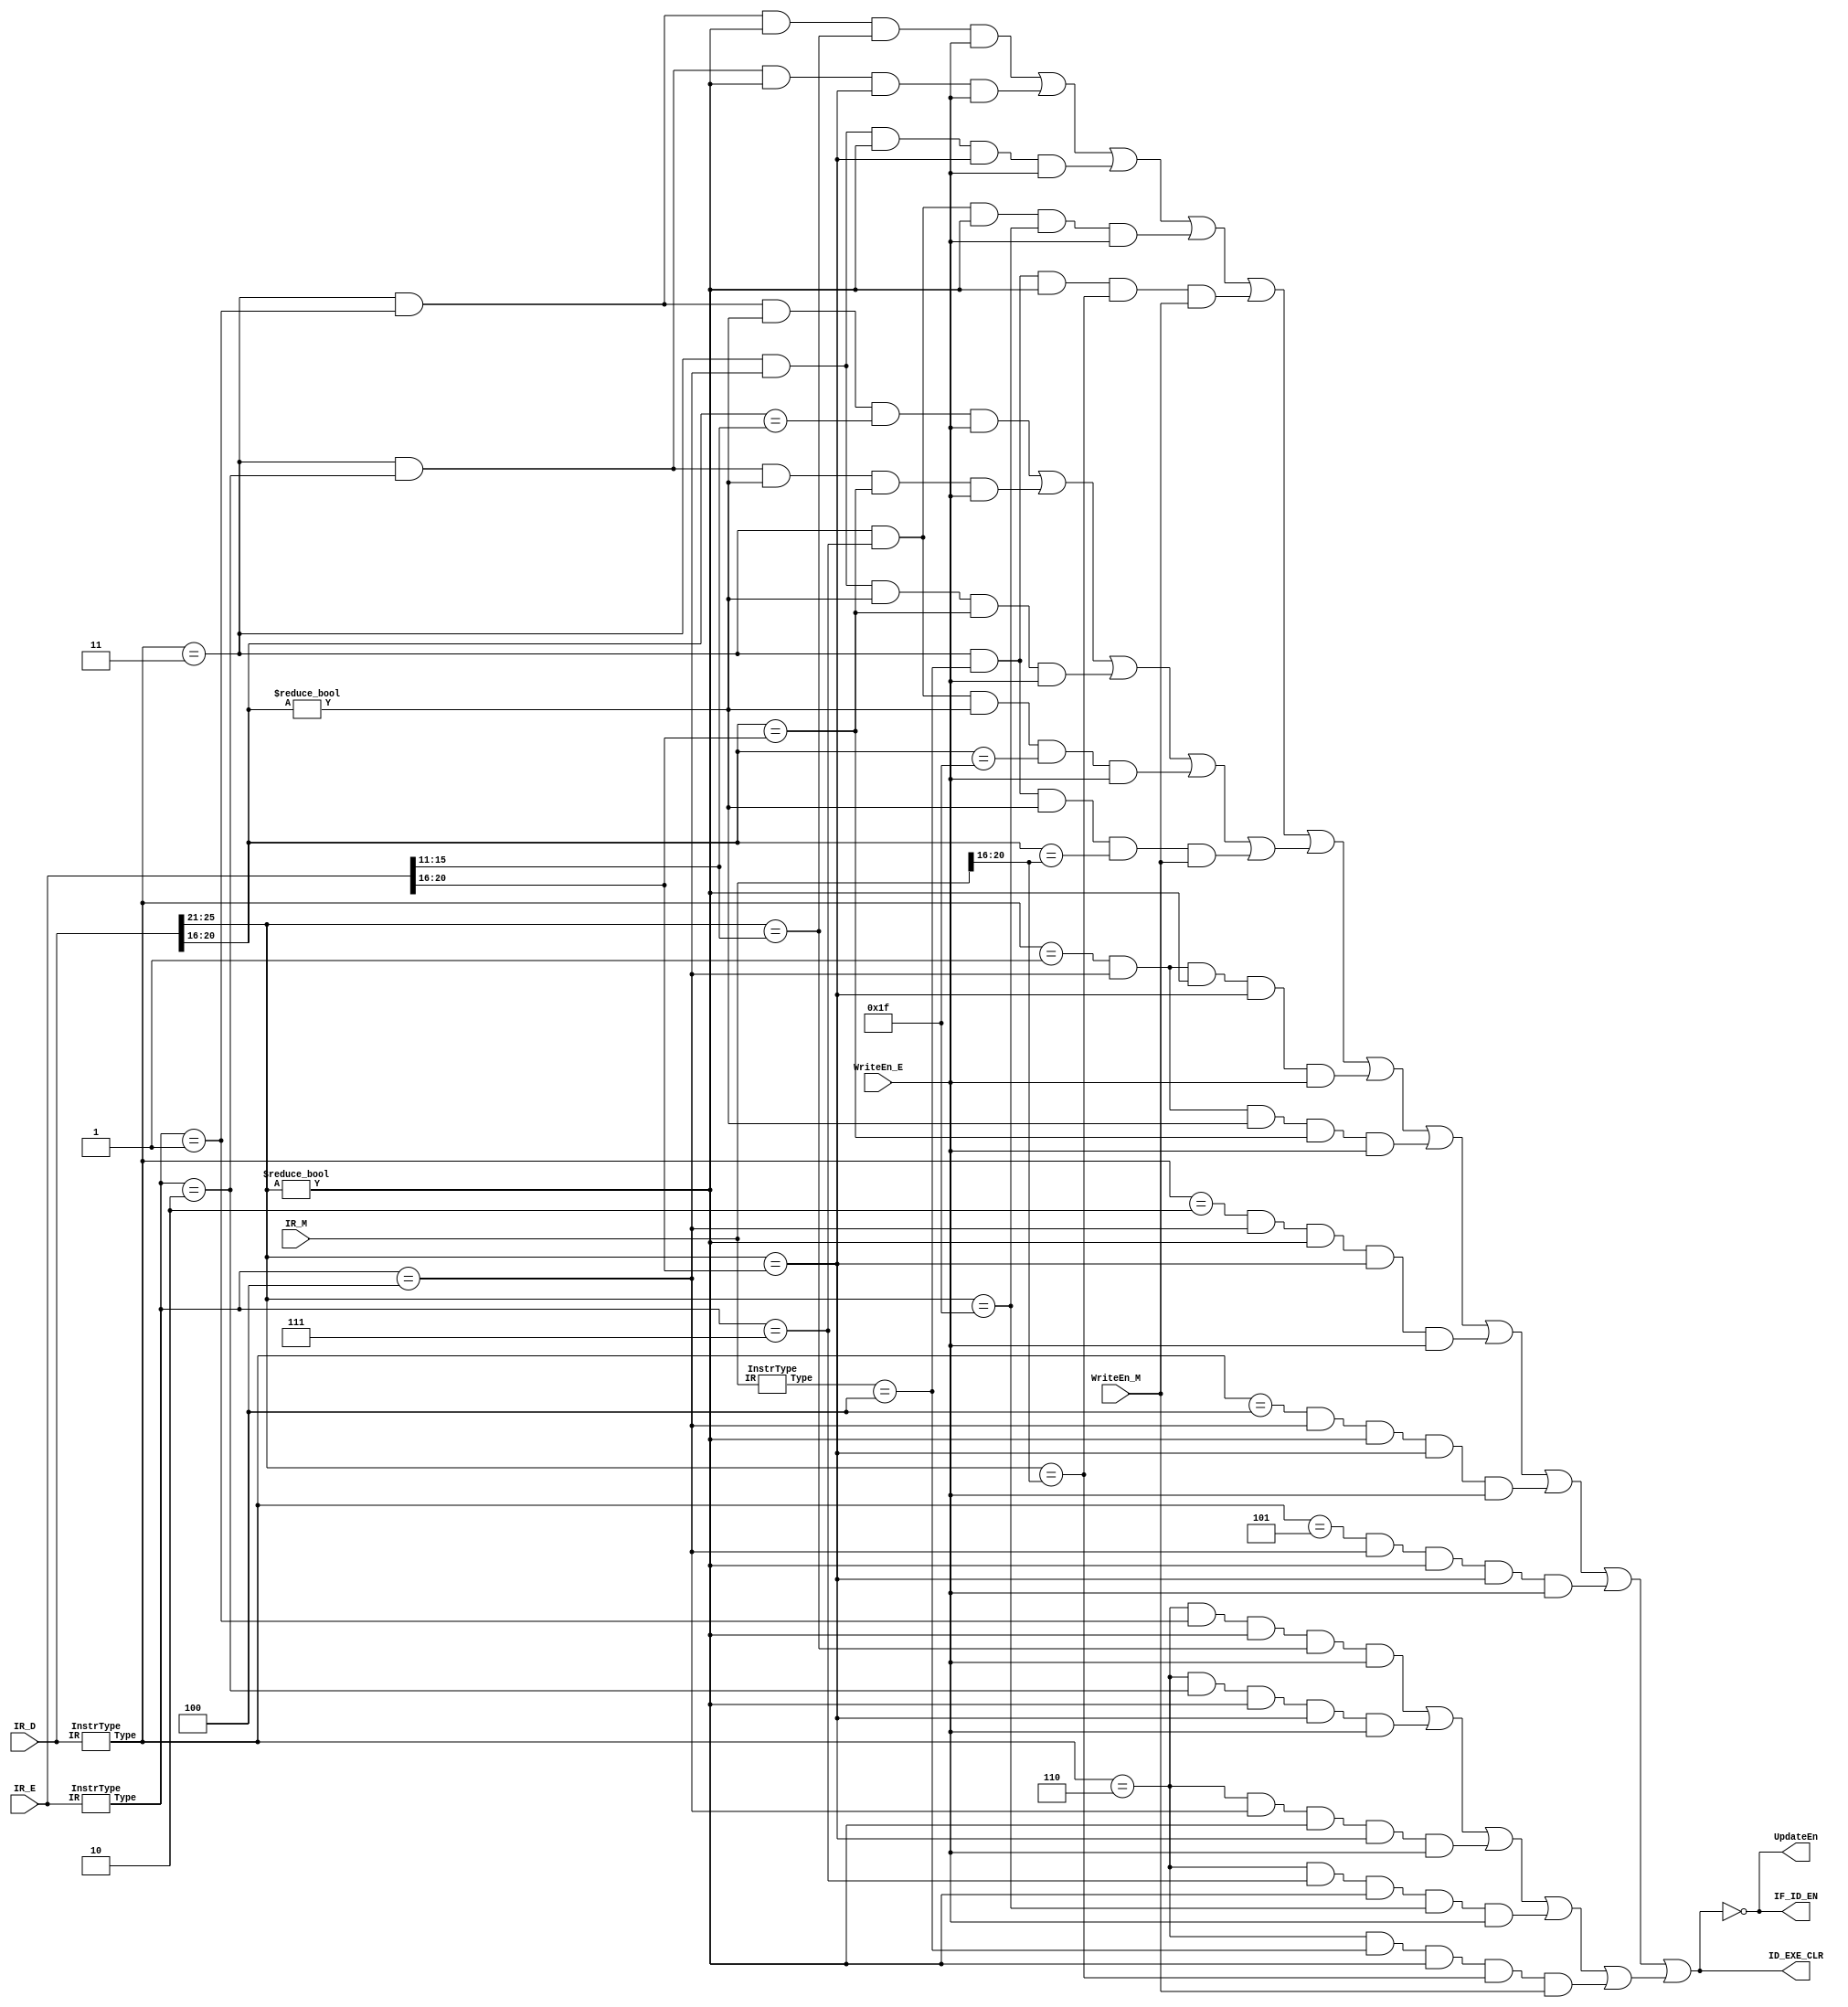
`timescale 1ns / 1ps

`define OPCODE 31:26
`define RS 25:21
`define RT 20:16
`define RD 15:11
`define FUNCTION 5:0

////////////////instructions///////
`define ADD   12'b000000_100000
`define ADDI  6'b001000
`define ADDIU 6'b001001
`define ADDU  12'b000000_100001
`define AND   12'b000000_100100
`define BEQ   6'b000100
`define BNE   6'b000101
`define J     6'b000010
`define JAL   6'b000011
`define JR    12'b000000_001000
`define LUI   6'b001111
`define LW    6'b100011
`define OR    12'b000000_100101
`define ORI   6'b001101
`define SLL   12'b000000_000000
`define SRL   12'b000000_000010
`define SUB   12'b000000_100010
`define SUBU  12'b000000_100011
`define SW    6'b101011
`define XOR   12'b000000_100110
////************************///////

////instruction Types//////////////
`define CAL_R 8'h01
`define CAL_I 8'h02
`define BNL   8'h03
`define LOAD  8'h04
`define STORE 8'h05
`define _JR   8'h06
`define _JAL  8'h07
`define BL    8'h08
///////////////////////////////////

module Stall(
    input [31:0] IR_D,
    input [31:0] IR_E,
    input [31:0] IR_M,
    input WriteEn_E,
    input WriteEn_M,
    output UpdateEn,
    output IF_ID_EN,
    output ID_EXE_CLR
    );
    //to recognize instr types
    wire [7:0] D_Type; InstrType One(IR_D,D_Type);
    wire [7:0] E_Type; InstrType two(IR_E,E_Type);
    wire [7:0] M_Type; InstrType three(IR_M,M_Type);

    //to realize stall function
    wire Stall_BNL_Rs,Stall_BNL_Rt;  //for BNL
    wire Stall_CAL_R_Rs,Stall_CAL_R_Rt; //for CAL_R
    wire Stall_CAL_I_Rs; //for CAL_I
    wire Stall_LOAD_Rs;  // for LOAD
    wire Stall_STORE_Rs; //for STORE
    wire Stall_JR_Rs;    //for _JR

    assign Stall_BNL_Rs = 
    (D_Type == `BNL & E_Type == `CAL_R & IR_D[`RS]!=0 & IR_D[`RS] == IR_E[`RD] & WriteEn_E) | 
    (D_Type == `BNL & E_Type == `CAL_I & IR_D[`RS]!=0 & IR_D[`RS] == IR_E[`RT] & WriteEn_E) |
    (D_Type == `BNL & E_Type == `LOAD  & IR_D[`RS]!=0 & IR_D[`RS] == IR_E[`RT] & WriteEn_E) | 
    (D_Type == `BNL & E_Type == `_JAL  & IR_D[`RS]!=0 & IR_D[`RS] == 5'h1f     & WriteEn_E) |
    (D_Type == `BNL & M_Type == `LOAD  & IR_D[`RS]!=0 & IR_D[`RS] == IR_M[`RT] & WriteEn_M);

    assign Stall_BNL_Rt = 
    (D_Type == `BNL & E_Type == `CAL_R & IR_D[`RT]!=0 & IR_D[`RT] == IR_E[`RD] & WriteEn_E) | 
    (D_Type == `BNL & E_Type == `CAL_I & IR_D[`RT]!=0 & IR_D[`RT] == IR_E[`RT] & WriteEn_E) |
    (D_Type == `BNL & E_Type == `LOAD  & IR_D[`RT]!=0 & IR_D[`RT] == IR_E[`RT] & WriteEn_E) | 
    (D_Type == `BNL & E_Type == `_JAL  & IR_D[`RT]!=0 & IR_D[`RT] == 5'h1f     & WriteEn_E) |
    (D_Type == `BNL & M_Type == `LOAD  & IR_D[`RT]!=0 & IR_D[`RT] == IR_M[`RT] & WriteEn_M);

    assign Stall_CAL_R_Rs =
    (D_Type == `CAL_R & E_Type == `LOAD & IR_D[`RS]!=0 & IR_D[`RS] == IR_E[`RT] & WriteEn_E);

    assign Stall_CAL_R_Rt =
    (D_Type == `CAL_R & E_Type == `LOAD & IR_D[`RT]!=0 & IR_D[`RT] == IR_E[`RT] & WriteEn_E);

    assign Stall_CAL_I_Rs =
    (D_Type == `CAL_I & E_Type == `LOAD & IR_D[`RS]!=0 & IR_D[`RS] == IR_E[`RT] & WriteEn_E);
    
    assign Stall_LOAD_Rs  =
    (D_Type == `LOAD  & E_Type == `LOAD & IR_D[`RS]!=0 & IR_D[`RS] == IR_E[`RT] & WriteEn_E);

    assign Stall_STORE_Rs =
    (D_Type == `STORE & E_Type == `LOAD & IR_D[`RS]!=0 & IR_D[`RS] == IR_E[`RT] & WriteEn_E);

    assign Stall_JR_Rs = 
    (D_Type == `_JR & E_Type == `CAL_R & IR_D[`RS]!=0 & IR_D[`RS] == IR_E[`RD] & WriteEn_E) | 
    (D_Type == `_JR & E_Type == `CAL_I & IR_D[`RS]!=0 & IR_D[`RS] == IR_E[`RT] & WriteEn_E) |
    (D_Type == `_JR & E_Type == `LOAD  & IR_D[`RS]!=0 & IR_D[`RS] == IR_E[`RT] & WriteEn_E) | 
    (D_Type == `_JR & E_Type == `_JAL  & IR_D[`RS]!=0 & IR_D[`RS] == 5'h1f     & WriteEn_E) |
    (D_Type == `_JR & M_Type == `LOAD  & IR_D[`RS]!=0 & IR_D[`RS] == IR_M[`RT] & WriteEn_M);
    
    //charge some signals
    wire Stall; 
    assign Stall = Stall_BNL_Rs | Stall_BNL_Rt | Stall_CAL_R_Rs | Stall_CAL_R_Rt | Stall_CAL_I_Rs |
    Stall_LOAD_Rs | Stall_STORE_Rs | Stall_JR_Rs;
    assign UpdateEn = !Stall;
    assign IF_ID_EN = !Stall;
    assign ID_EXE_CLR = Stall;
	

endmodule

module Forward(
    input [31:0] IR_D,
    input [31:0] IR_E,
    input [31:0] IR_M,
    input [31:0] IR_W,
    input WriteEn_M,
    input WriteEn_W,
    output [1:0] ForwardRSD,
    output [1:0] ForwardRTD,
    output [1:0] ForwardRSE,
    output [1:0] ForwardRTE,
    output ForwardRTM
    );
    
    wire [7:0] D_Type; InstrType four(IR_D,D_Type);
    wire [7:0] E_Type; InstrType five(IR_E,E_Type);
    wire [7:0] M_Type; InstrType six(IR_M,M_Type);
    wire [7:0] W_Type; InstrType seven(IR_W,W_Type);

    parameter FR_INIT = 2'b00,FR_AO = 2'b01,FR_PC8 = 2'b10, FR_WB = 2'b11;
   
    //for Decoder 
    assign ForwardRSD = !(D_Type == `BNL | D_Type == `_JR) ? 0 :
    (M_Type == `CAL_R & IR_D[`RS]!=0 & IR_D[`RS] == IR_M[`RD] & WriteEn_M) ? 2'b01 :
    (M_Type == `CAL_I & IR_D[`RS]!=0 & IR_D[`RS] == IR_M[`RT] & WriteEn_M) ? 2'b01 :
    (M_Type == `_JAL  & IR_D[`RS]!=0 & IR_D[`RS] == 5'h1f     & WriteEn_M) ? 2'b10 : 0;
   
    //FOR Decoder 
    assign ForwardRTD = !(D_Type == `BNL) ? 0 :
    (M_Type == `CAL_R & IR_D[`RT]!=0 & IR_D[`RT] == IR_M[`RD] & WriteEn_M) ? 2'b01 :
    (M_Type == `CAL_I & IR_D[`RT]!=0 & IR_D[`RT] == IR_M[`RT] & WriteEn_M) ? 2'b01 :
    (M_Type == `_JAL  & IR_D[`RT]!=0 & IR_D[`RT] == 5'h1f     & WriteEn_M) ? 2'b10 : 0;

    //for Execute
    assign ForwardRSE = !(E_Type == `CAL_R | E_Type == `CAL_I | E_Type == `LOAD | E_Type == `STORE) ? 0 :
    (M_Type == `CAL_R & IR_E[`RS]!=0 & IR_E[`RS] == IR_M[`RD] & WriteEn_M) ? 2'b01 :
    (M_Type == `CAL_I & IR_E[`RS]!=0 & IR_E[`RS] == IR_M[`RT] & WriteEn_M) ? 2'b01 :
    (M_Type == `_JAL  & IR_E[`RS]!=0 & IR_E[`RS] == 5'h1f     & WriteEn_M) ? 2'b10 :
    (W_Type == `CAL_R & IR_E[`RS]!=0 & IR_E[`RS] == IR_W[`RD] & WriteEn_W) ? 2'b11 :
    (W_Type == `CAL_I & IR_E[`RS]!=0 & IR_E[`RS] == IR_W[`RT] & WriteEn_W) ? 2'b11 :
    (W_Type == `_JAL  & IR_E[`RS]!=0 & IR_E[`RS] == 5'h1f     & WriteEn_W) ? 2'b11 :
	(W_Type == `LOAD  & IR_E[`RS]!=0 & IR_E[`RS] == IR_W[`RT] & WriteEn_W) ? 2'b11 : 0;

    //for Execute
    assign ForwardRTE = !(E_Type == `CAL_R | E_Type == `STORE) ? 0 :
    (M_Type == `CAL_R & IR_E[`RT]!=0 & IR_E[`RT] == IR_M[`RD] & WriteEn_M) ? 2'b01 :
    (M_Type == `CAL_I & IR_E[`RT]!=0 & IR_E[`RT] == IR_M[`RT] & WriteEn_M) ? 2'b01 :
    (M_Type == `_JAL  & IR_E[`RT]!=0 & IR_E[`RT] == 5'h1f     & WriteEn_M) ? 2'b10 :
    (W_Type == `CAL_R & IR_E[`RT]!=0 & IR_E[`RT] == IR_W[`RD] & WriteEn_W) ? 2'b11 :
    (W_Type == `CAL_I & IR_E[`RT]!=0 & IR_E[`RT] == IR_W[`RT] & WriteEn_W) ? 2'b11 :
    (W_Type == `_JAL  & IR_E[`RT]!=0 & IR_E[`RT] == 5'h1f     & WriteEn_W) ? 2'b11 :
	(W_Type == `LOAD  & IR_E[`RT]!=0 & IR_E[`RT] == IR_W[`RT] & WriteEn_W) ? 2'b11 : 0;

    //for Memory
    assign ForwardRTM = !(M_Type == `STORE) ? 0 :
    (W_Type == `CAL_R & IR_M[`RT]!=0 & IR_M[`RT] == IR_W[`RD] & WriteEn_W) ?     1 : 
    (W_Type == `CAL_I & IR_M[`RT]!=0 & IR_M[`RT] == IR_W[`RT] & WriteEn_W) ?     1 :
    (W_Type == `_JAL  & IR_M[`RT]!=0 & IR_M[`RT] == 5'h1f     & WriteEn_W) ?     1 :
	(W_Type == `LOAD  & IR_M[`RT]!=0 & IR_M[`RT] == IR_W[`RT] & WriteEn_W) ? 	 1 : 0;

endmodule

//identify the type of an instruction
module InstrType(
    input [31:0] IR,
    output [7:0] Type
    );
    //j doesn't need!
    assign Type = 
    {IR[`OPCODE],IR[`FUNCTION]} == `ADD   ? `CAL_R :
    {IR[`OPCODE]}               == `ADDI  ? `CAL_I :
    {IR[`OPCODE]}               == `ADDIU ? `CAL_I :
    {IR[`OPCODE],IR[`FUNCTION]} == `ADDU  ? `CAL_R :
    {IR[`OPCODE],IR[`FUNCTION]} == `AND   ? `CAL_R :
    {IR[`OPCODE]}               == `BEQ   ? `BNL   :
    {IR[`OPCODE]}               == `BNE   ? `BNL   :
    {IR[`OPCODE]}               == `JAL   ? `_JAL  :
    {IR[`OPCODE],IR[`FUNCTION]} == `JR    ? `_JR   :
    {IR[`OPCODE]}               == `LUI   ? `CAL_I :
    {IR[`OPCODE]}               == `LW    ? `LOAD  :
    {IR[`OPCODE],IR[`FUNCTION]} == `OR    ? `CAL_R :
    {IR[`OPCODE]}               == `ORI   ? `CAL_I :
    {IR[`OPCODE],IR[`FUNCTION]} == `SLL   ? `CAL_R :
    {IR[`OPCODE],IR[`FUNCTION]} == `SRL   ? `CAL_R :
    {IR[`OPCODE],IR[`FUNCTION]} == `SUB   ? `CAL_R :
    {IR[`OPCODE],IR[`FUNCTION]} == `SUBU  ? `CAL_R :
    {IR[`OPCODE]}               == `SW    ? `STORE :
    {IR[`OPCODE],IR[`FUNCTION]} == `XOR   ? `CAL_R :0;
 
endmodule